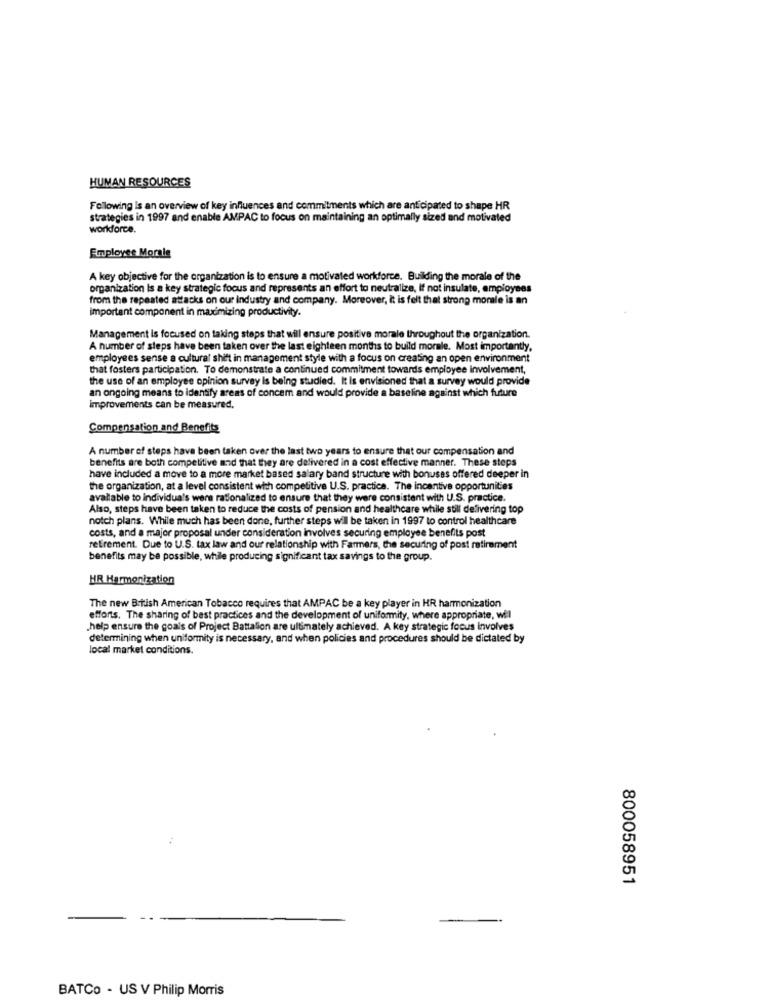
HUMAN RESOURCES
Following is an overview of key influences and commitments which are anticipated to shape HR
strategies in 1997 and enable AMPAC to focus on maintaining an optimally sized and motivated
workforce.
Employee Morale
A key objective for the organization is to ensure a motivated workforce. Building the morale of the
organization Is a key strategic focus and represents an effort to neutralize, If not insulate, employees
from the repeated attacks on our industry and company. Moreover, it is felt that strong morale is an
important component in maximizing productivity.
Management Is focused on taking steps that will ensure positive morale throughout the organization.
A number of steps have been taken over the last eighteen months to build morale. Most importantly,
employees sense a cultural shift in management style with a focus on creating an open environment
that fosters participation. To demonstrate a continued commitment towards employee involvement,
the use of an employee opinion survey is being studied. It Is envisioned that a survey would provide
an ongoing means to identify areas of concem and would provide a baseline against which future
Improvements can be measured.
Compensation and Benefits
A number of steps have been taken over the last two years to ensure that our compensation and
benefits are both competitive and that they are delivered in a cost effective manner. These steps
have included a move to a more market based salary band structure with bonuses offered deeper in
the organization, at a level consistent with competitive U.S. practice. The incentive opportunities
available to individua's were rationalized to ensure that they were consistent with U.S. practice.
Also, steps have been taken to reduce the costs of pension and healthcare while still delivering top
notch plans. While much has been done, further steps will be taken in 1997 to control healthcare
costs, and a major proposal under consideration involves securing employee benefits post
retirement. Due to U.S. tax law and our relationship with Farmers, the securing of post retirement
benefits may be possible, while producing significant tax savings to the group.
HR Harmonization
The new British American Tobacco requires that AMPAC be a key player in HR harmonization
efforts. The sharing of best practices and the development of uniformity, where appropriate, will
.help ensure the goals of Project Battalion are ultimately achieved. A key strategic focus involves
determining when uniformity is necessary, and when policies and procedures should be dictated by
local market conditions.
800058951
BATCo - US V Philip Morris